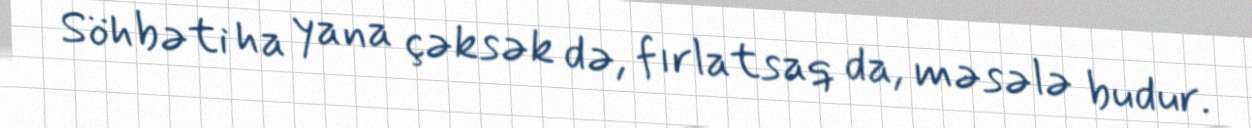
Söhbəti ha yana çəksək də, fırlatsaq da, məsələ budur.